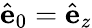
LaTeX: \hat{\mathbf{e}}_{0}=\hat{\mathbf{e}}_{z}